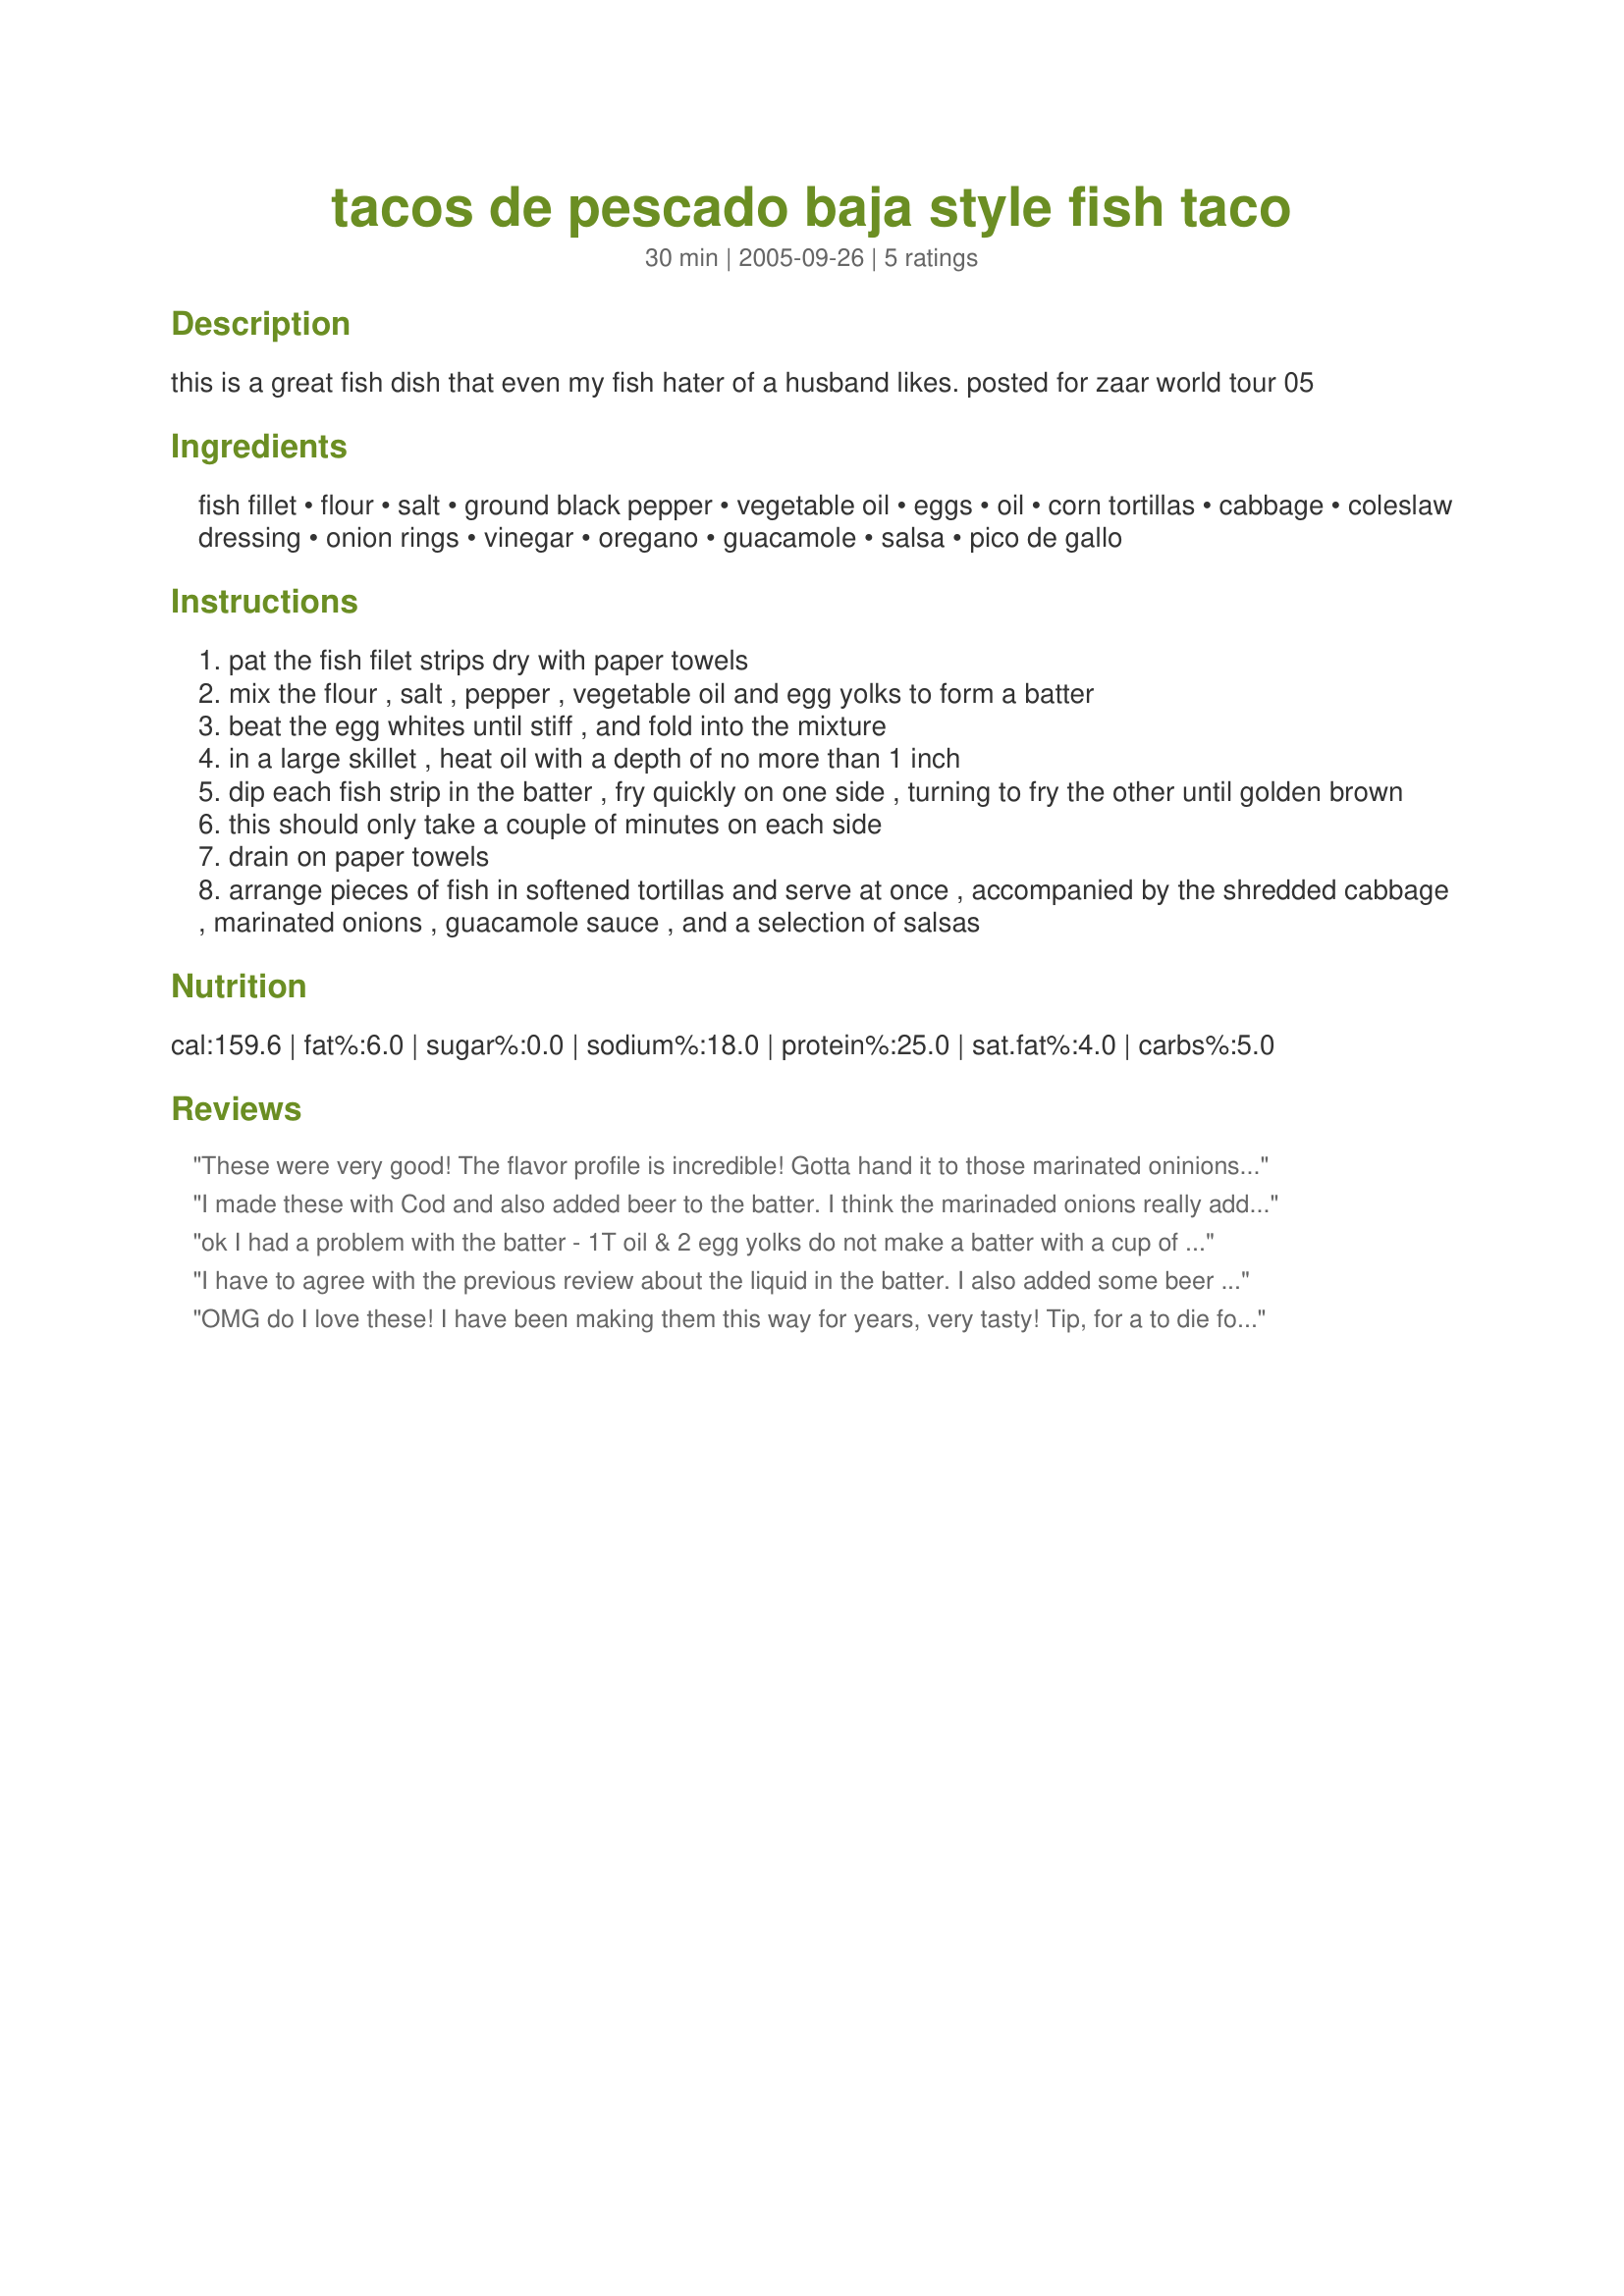
tacos de pescado baja style fish taco
Preparation time: 30 minutes

this is a great fish dish that even my fish hater of a husband likes. posted for zaar world tour 05

Ingredients:
fish fillet, flour, salt, ground black pepper, vegetable oil, eggs, oil, corn tortillas, cabbage, coleslaw dressing, onion rings, vinegar, oregano, guacamole, salsa, pico de gallo

Steps:
pat the fish filet strips dry with paper towels
mix the flour , salt , pepper , vegetable oil and egg yolks to form a batter
beat the egg whites until stiff , and fold into the mixture
in a large skillet , heat oil with a depth of no more than 1 inch
dip each fish strip in the batter , fry quickly on one side , turning to fry the other until golden brown
this should only take a couple of minutes on each side
drain on paper towels
arrange pieces of fish in softened tortillas and serve at once , accompanied by the shredded cabbage , marinated onions , guacamole sauce , and a selection of salsas

Reviews:
These were very good! The flavor profile is incredible! Gotta hand it to those marinated oninions! I used a combination of red wine and balsamic vinegars. I also used a boxed beer batter for the tilapia to save time.
I made these with Cod and also added beer to the batter. I think the marinaded onions really added a great kick. I wish I would have had a few more. I'll know for next time. I also mixed a little sour cream with taco seasoning for a little extra moisture since I had no salsa or guac. My husband is already asking for these again. Thanks for the recipe!
ok I had a problem with the batter - 1T oil & 2 egg yolks do not make a batter with a cup of flour. It made a viscous paste not ameniable to folding in anything! Especially not delicate eggwhites!
Realizing there was a liquid deficiency, I added 3-4 ounces of beer & let sit for 20 minutes after achieving a thick pancake batter consistency. I used finger sized strips of sockeye salmon, still frozen in the center but cuttable. Tossed them in the batter after paper towelling the strips dry. Batter made a nice thick coating that adhered nicely in the hot peanut oil. Crispy crunchy crust that was complemented by the coleslaw - I used a sweetish mayo-sour cream dressing for the slaw & a nice hot tomato salsa. Served with sweet potato fries on the side. Really tasty. Will use this batter recipe again but with the beer! Would've rated 4 star but for the liquid issue. Thank you for posting Amis.
I have to agree with the previous review about the liquid in the batter. I also added some beer to make a batter. Then I whipped the egg whites and folded them in. It turned out to be the BEST fry batter I've ever used or tasted. This is a labor intensive recipe. Have your salsas, cabbage, onions ready well in advance. Maybe even the day before! I used corn tortillas warmed in foil in the oven and they fell apart, so I think next time I will use flour tortillas. A really wonderful combination of flavors! Just time consuming. Could be fun if the rest of the recipe was done the day before and the fish fry came at the end. Do try it! Really tasty!
OMG do I love these! I have been making them this way for years, very tasty!
Tip, for a to die for sauce, try mango salsa...........WOW!
Good Post!
